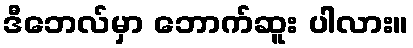
ဒီဘေလ်မှာ ဘောက်ဆူး ပါလား။